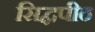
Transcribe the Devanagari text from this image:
सिद्घपीठ